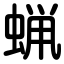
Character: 蝋